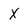
Character: X